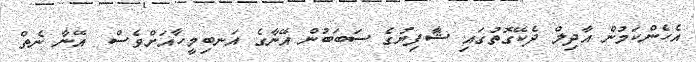
އެހެންކަމުން އާދިލް ދެކޭގޮތުގައި ޝާފިޔުގެ ސަބަބުން އޭނާގެ އަނބިމީހާއަށްވެސް  އޭނާ ނެތް